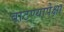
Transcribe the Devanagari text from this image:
वाटण्यापेक्षा